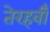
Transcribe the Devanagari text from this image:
तेरहवीँ